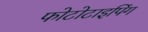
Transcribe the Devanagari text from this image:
फोटोटाइपिंग